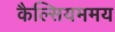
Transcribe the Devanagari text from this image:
कैल्सियममय